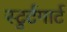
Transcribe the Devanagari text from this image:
स्टुर्टगार्ट